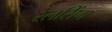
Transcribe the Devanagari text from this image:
रेलसिंग